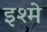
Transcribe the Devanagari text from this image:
इश्मे